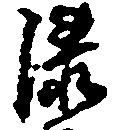
漆